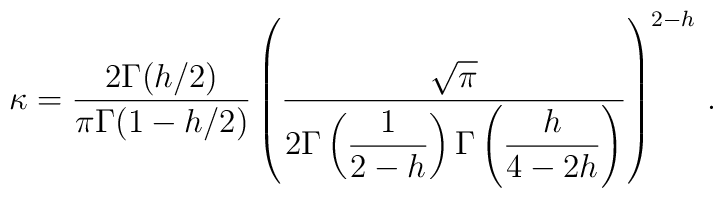
\kappa =\displaystyle\frac{2\Gamma (h/2)}{\pi \Gamma (1-h/2)}\left( \displaystyle\frac{\sqrt{\pi }}{2\Gamma \left( \displaystyle\frac{1}{2-h}\right) \Gamma \left( \displaystyle\frac{h}{4-2h}\right) }\right) ^{2-h}\, .